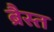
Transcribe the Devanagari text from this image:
ब्रैस्त